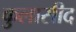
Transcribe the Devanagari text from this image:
कुलासीद